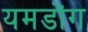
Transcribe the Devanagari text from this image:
यमडोंग